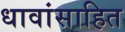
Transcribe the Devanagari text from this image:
धावांसाहित